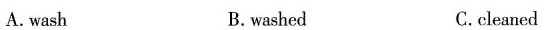
A. wash B.washed C.cleaned